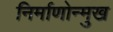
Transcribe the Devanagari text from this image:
निर्माणोन्मुख